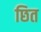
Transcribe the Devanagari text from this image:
छित